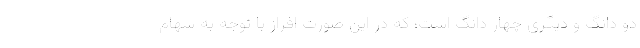
دو دانگ و دیگری چهار دانگ است؛ که در این صورت افراز با توجه به سهام